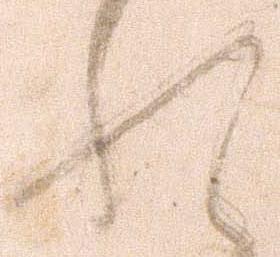
れ